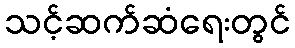
သင့်ဆက်ဆံရေးတွင်